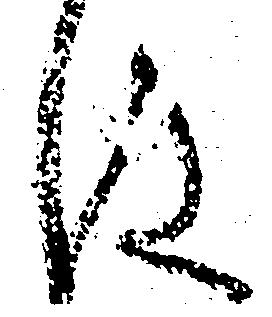
は